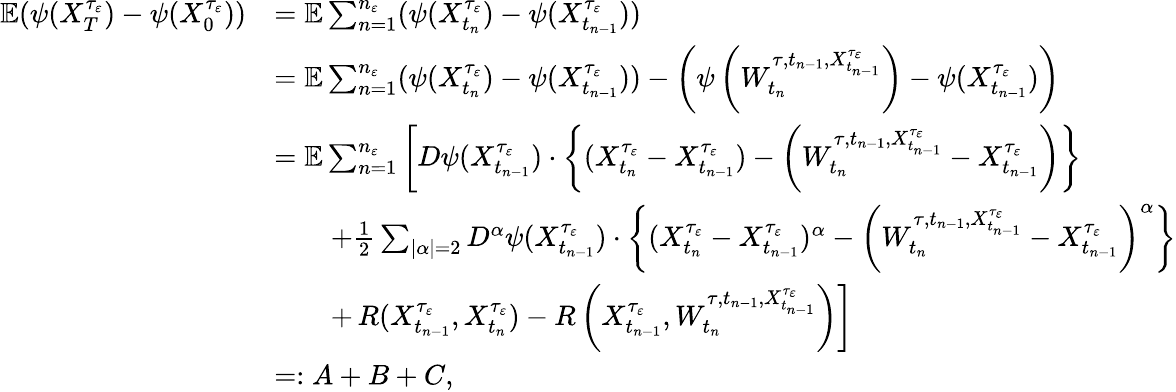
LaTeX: \begin{array}{rl}{\mathbb{E}(\psi(X_{T}^{\tau_{\varepsilon}})-\psi(X_{0}^{\tau_{\varepsilon}}))}&{=\mathbb{E}\sum_{n=1}^{n_{\varepsilon}}(\psi(X_{t_{n}}^{\tau_{\varepsilon}})-\psi(X_{t_{n-1}}^{\tau_{\varepsilon}}))}\\ &{=\mathbb{E}\sum_{n=1}^{n_{\varepsilon}}(\psi(X_{t_{n}}^{\tau_{\varepsilon}})-\psi(X_{t_{n-1}}^{\tau_{\varepsilon}}))-\left(\psi\left(W_{t_{n}}^{\tau,t_{n-1},X_{t_{n-1}}^{\tau_{\varepsilon}}}\right)-\psi(X_{t_{n-1}}^{\tau_{\varepsilon}})\right)}\\ &{=\mathbb{E}\sum_{n=1}^{n_{\varepsilon}}\left[D\psi(X_{t_{n-1}}^{\tau_{\varepsilon}})\cdot\left\{ (X_{t_{n}}^{\tau_{\varepsilon}}-X_{t_{n-1}}^{\tau_{\varepsilon}})-\left(W_{t_{n}}^{\tau,t_{n-1},X_{t_{n-1}}^{\tau_{\varepsilon}}}-X_{t_{n-1}}^{\tau_{\varepsilon}}\right)\right\} \right.}\\ &{\qquad+\frac{1}{2}\sum_{|\alpha|=2}D^{\alpha}\psi(X_{t_{n-1}}^{\tau_{\varepsilon}})\cdot\left\{ (X_{t_{n}}^{\tau_{\varepsilon}}-X_{t_{n-1}}^{\tau_{\varepsilon}})^{\alpha}-\left(W_{t_{n}}^{\tau,t_{n-1},X_{t_{n-1}}^{\tau_{\varepsilon}}}-X_{t_{n-1}}^{\tau_{\varepsilon}}\right)^{\alpha}\right\} }\\ &{\qquad+\left.R(X_{t_{n-1}}^{\tau_{\varepsilon}},X_{t_{n}}^{\tau_{\varepsilon}})-R\left(X_{t_{n-1}}^{\tau_{\varepsilon}},W_{t_{n}}^{\tau,t_{n-1},X_{t_{n-1}}^{\tau_{\varepsilon}}}\right)\right]}\\ &{=:A+B+C,}\end{array}